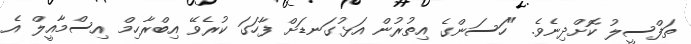
ތަފްސީލު ކޮށްދިނެވެ. "ހަސަންގެ އިތުރުން އަޅުގަނޑަށް ފާހަގަ ކުރެވޭ އިބްރާހިމް އިސްމާއީލް އެ